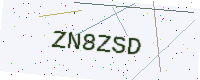
Text: ZN8ZSD